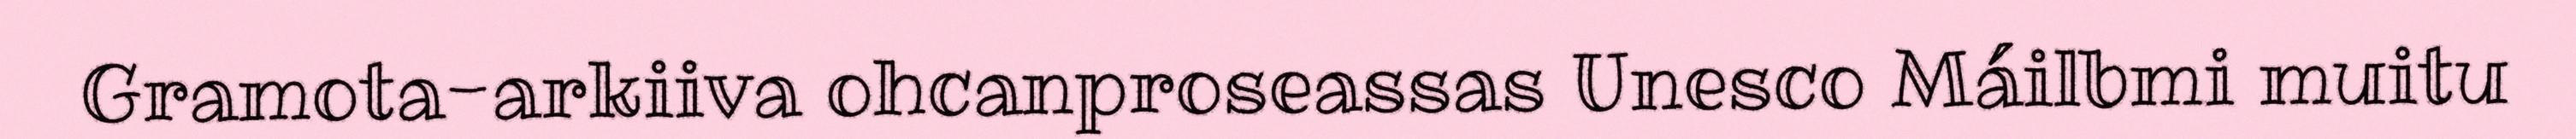
Gramota-arkiiva ohcanproseassas Unesco Máilbmi muitu